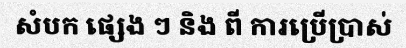
សំបក ផ្សេង ៗ និង ពី ការប្រើប្រាស់